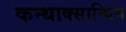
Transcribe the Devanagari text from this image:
कन्थाक्सान्थिन